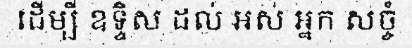
ដើម្បី ឧទ្ទិស ដល់ អស់ អ្នក សច្ចំ